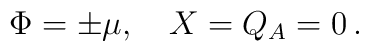
\Phi = \pm \mu,~~~X=Q_A=0\, .